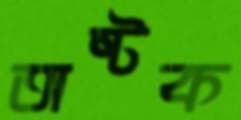
অষ্টক